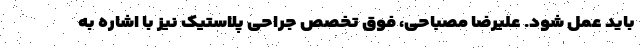
باید عمل شود. علیرضا مصباحی، فوق تخصص جراحی پلاستیک نیز با اشاره به